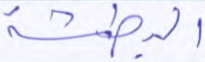
البطشة